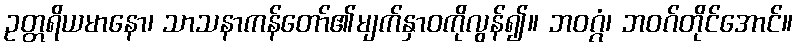
ဥတ္တရိယမာနော၊ သာသနာကန်တော်၏မျက်နှာဝကိုလွန်၍။ ဘဝဂ္ဂံ၊ ဘဝဂ်တိုင်အောင်။